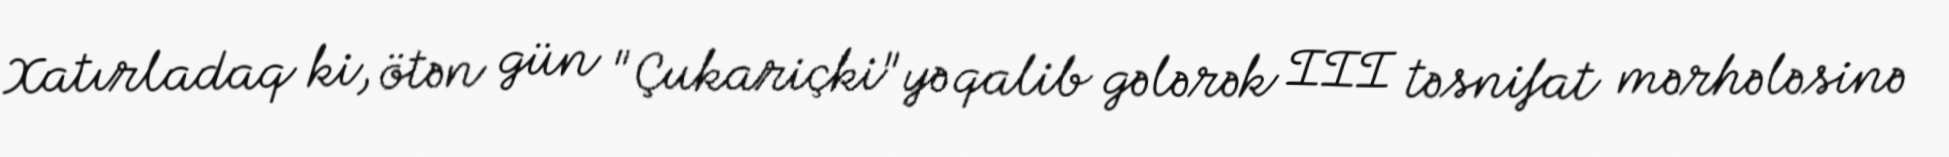
Xatırladaq ki, ötən gün "Çukariçki"yə qalib gələrək III təsnifat mərhələsinə